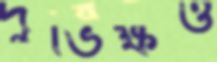
দুর্ভিক্ষও